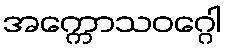
အက္ကောသဝဂ္ဂေါ